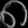
Digit: ၈